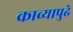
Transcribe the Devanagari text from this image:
काव्यापुढे